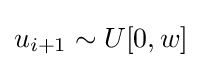
u_{i+1}\sim U[0,w]